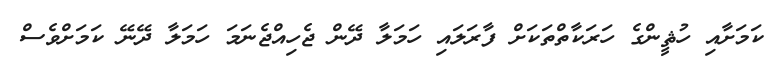
ކަމަށާއި ހުޘީންގެ ހަރަކާތްތަކަށް ފާރަލައި ހަމަލާ ދޭން ޖެހިއްޖެނަމަ ހަމަލާ ދޭނޭ ކަމަށްވެސް